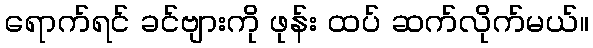
ရောက်ရင် ခင်ဗျားကို ဖုန်း ထပ် ဆက်လိုက်မယ်။